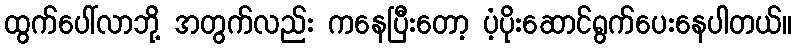
ထွက်ပေါ်လာဘို့ အတွက်လည်း ကနေပြီးတော့ ပံ့ပိုးဆောင်ရွက်ပေးနေပါတယ်။